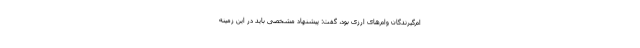
ام‌گیرندگان وام‌های ارزی بود، گفت: پیشنهاد مشخصی باید در این زمینه